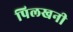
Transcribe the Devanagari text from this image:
पिलखनी